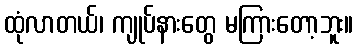
ထုံလာတယ်၊ ကျုပ်နားတွေ မကြားတော့ဘူး။